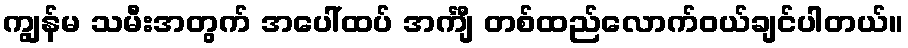
ကျွန်မ သမီးအတွက် အပေါ်ထပ် အင်္ကျီ တစ်ထည်လောက်ဝယ်ချင်ပါတယ်။